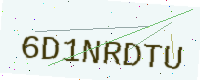
Text: 6D1NRDTU